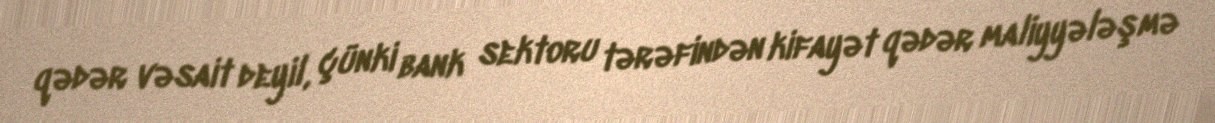
qədər vəsait deyil, çünki bank sektoru tərəfindən kifayət qədər maliyyələşmə